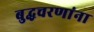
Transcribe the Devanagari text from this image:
बुद्धचरणांना